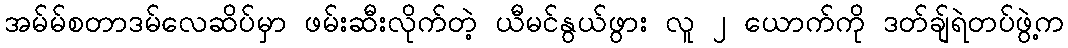
အမ်မ်စတာဒမ်လေဆိပ်မှာ ဖမ်းဆီးလိုက်တဲ့ ယီမင်နွယ်ဖွား လူ ၂ ယောက်ကို ဒတ်ချ်ရဲတပ်ဖွဲ့က